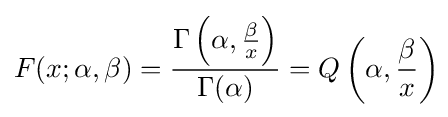
F(x;\alpha ,\beta )={\frac {\Gamma \left(\alpha ,{\frac {\beta }{x}}\right)}{\Gamma (\alpha )}}=Q\left(\alpha ,{\frac {\beta }{x}}\right)\!